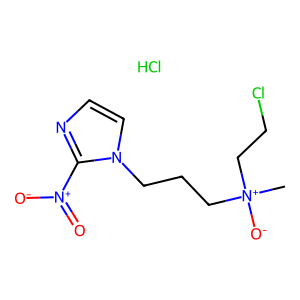
SMILES: C[N+]([O-])(CCCl)CCCn1ccnc1[N+](=O)[O-].Cl
Inhibits HIV replication: No